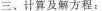
三、计算及解方程：